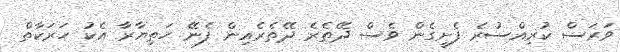
ވަރަސް ކުރިއްސުރެ ފެށީގެން ވެސް ދޭތެރެ ދޭތެރެއިން ފެނޭ ހަތިޔާރާ އެކު ހަރަކާތް